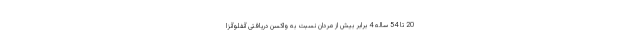
20 تا 54 ساله 4 برابر بیش از مردان نسبت به واکسن دریافتی آنفلوآنزا